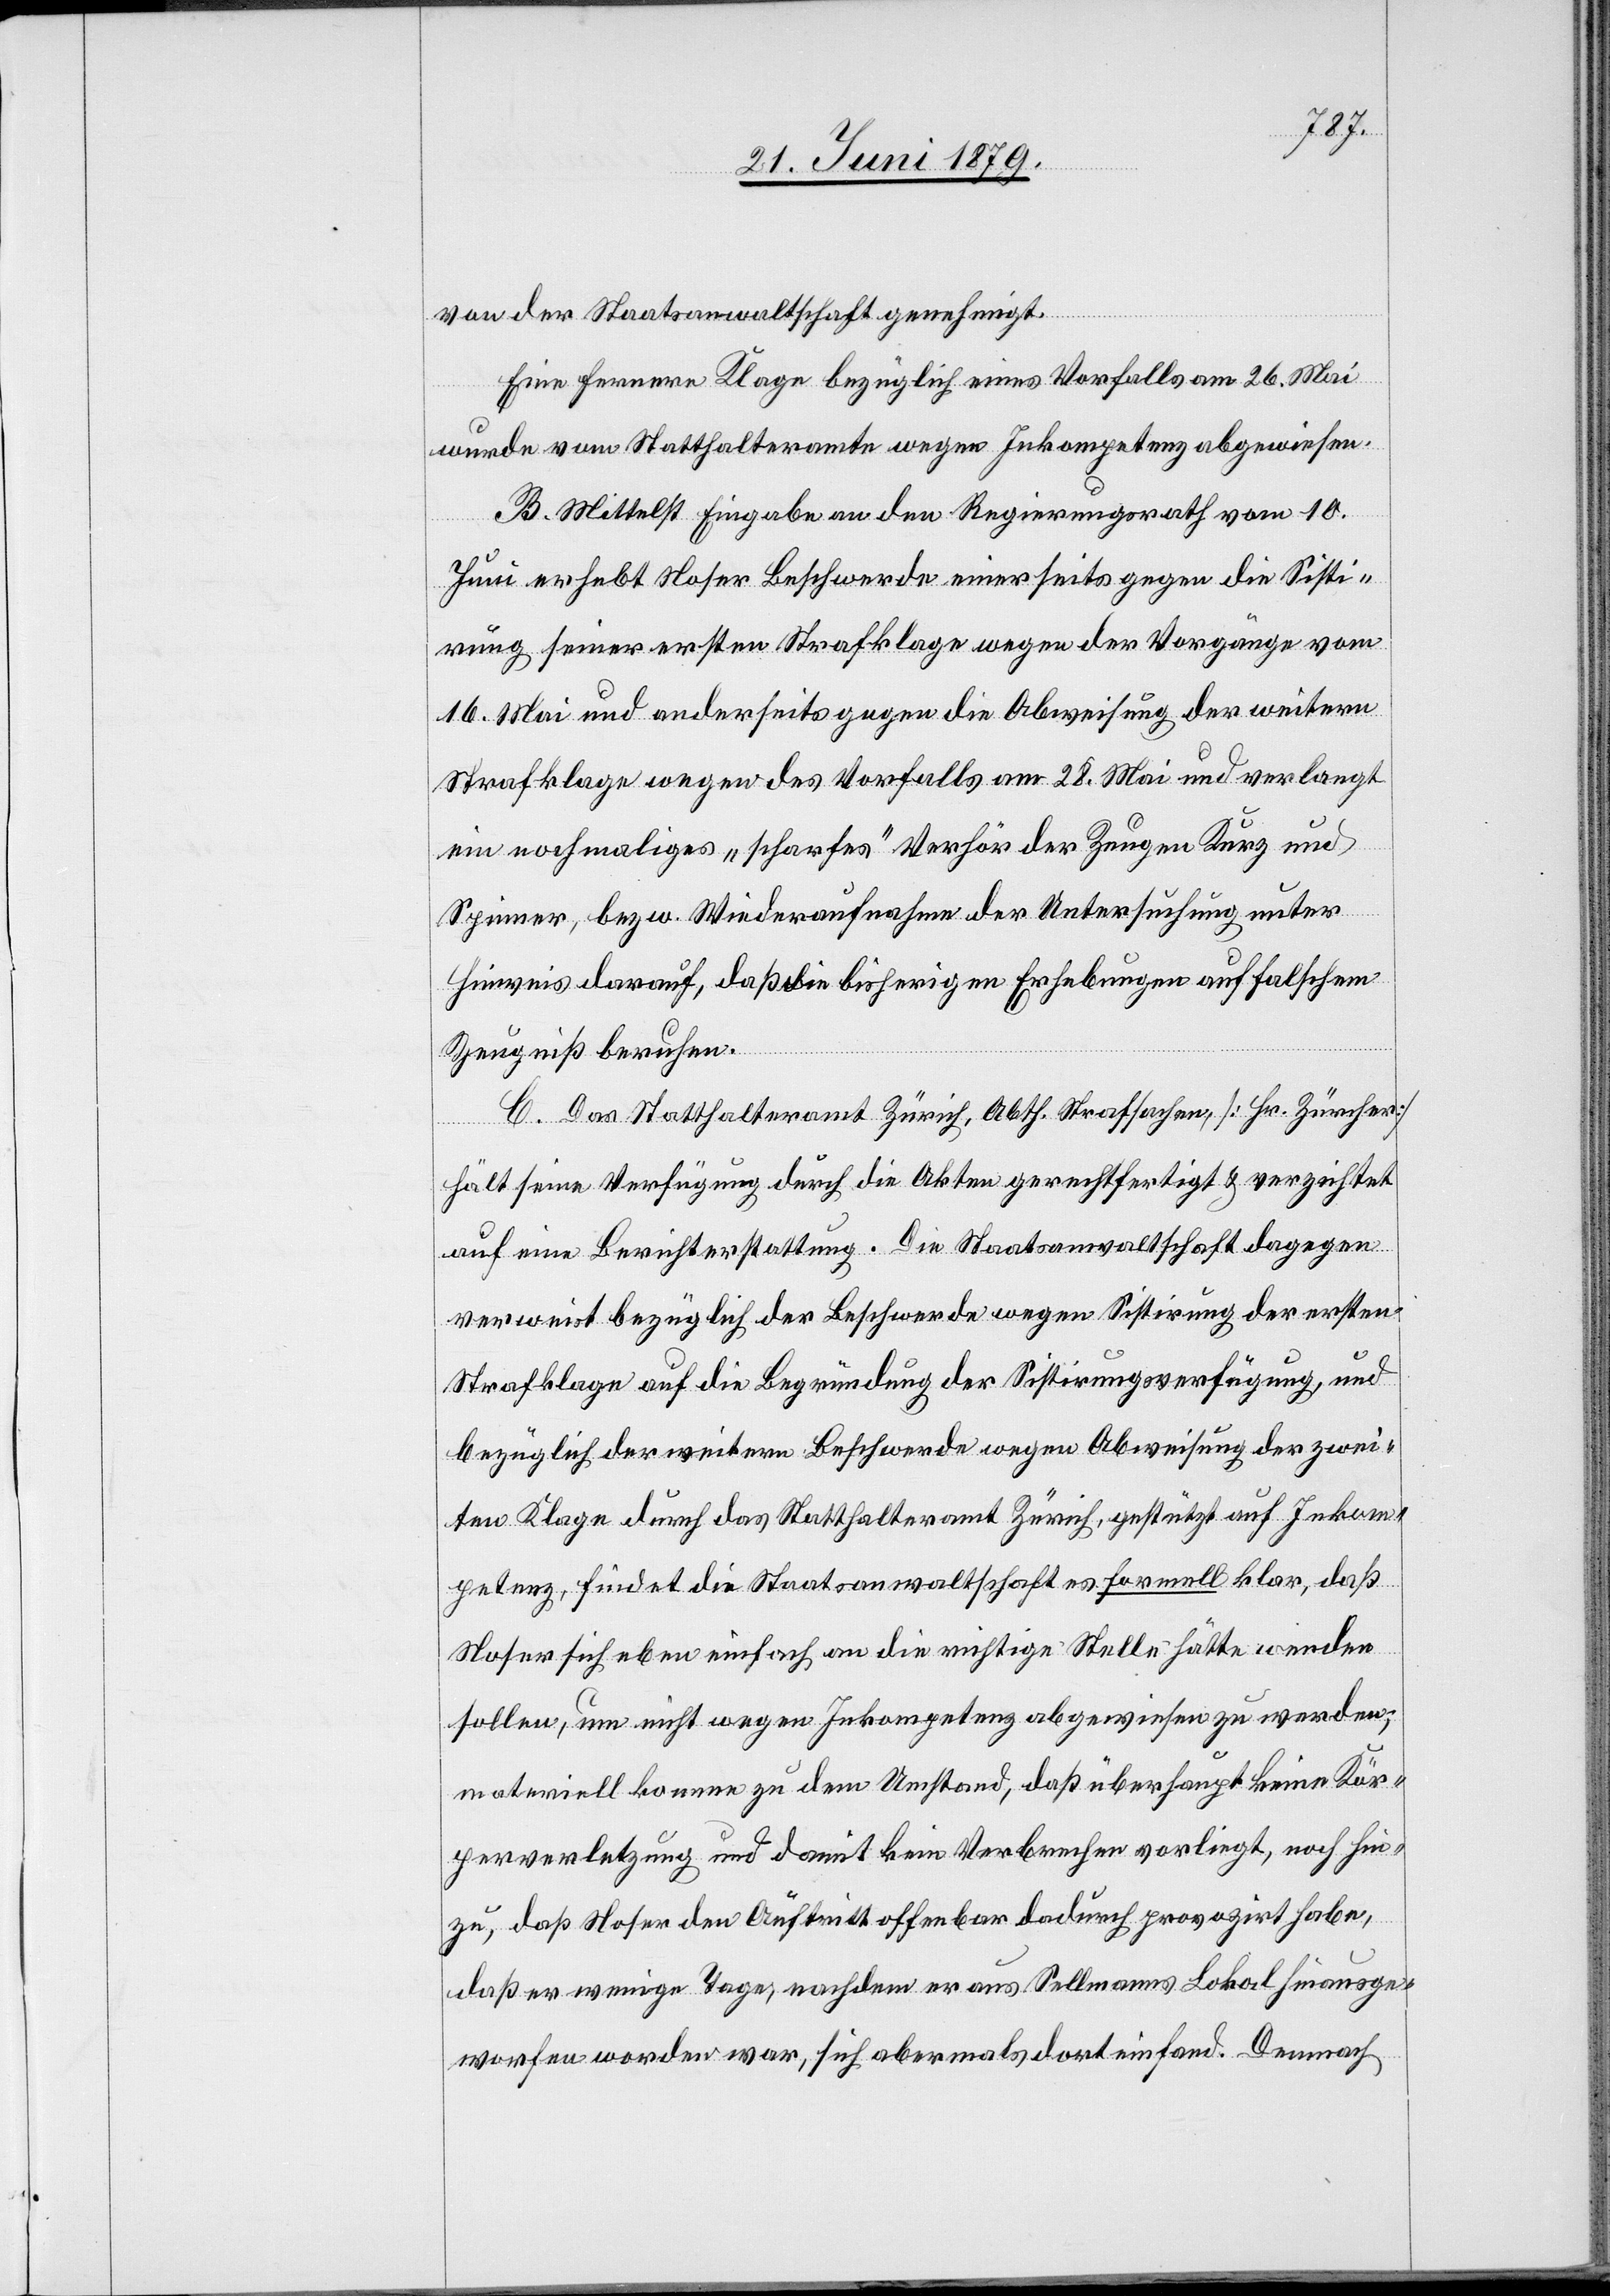
der
Eine fernere Klage bezüglich eines Vorfalls am 26. Mai
wurde vom Statthalteramte wegen Inkompetenz abgewiesen.
B. Mittelst Eingabe an den Regierungsrath vom 10.
geneh¬
Juni erhebt Noser Beschwerde einerseits gegen die Sisti¬
rung seiner ersten Strafklage wegen der Vorgänge vom
16. Mai und anderseits gegen die Abweisung der weitern
Strafklage wegen des Vorfalls am 28. Mai und verlangt
ein nochmaliges „scharfes“ Verhör der Zeugen Kurz und
Spinner, bezw. Wiederaufnahme der Untersuchung unter
Hinweis darauf, daß die bisherigen Erhebungen auf falschem
Zeugniß beruhen.
C. Das Statthalteramt Zürich, Abth. Strafsachen, [Hr. Zürcher]
migt.
hält seine Verfügung durch die Akten gerechtfertigt & verzichtet
auf eine Berichterstattung. Die Staatsanwaltschaft dagegen
verweist bezüglich der Beschwerde wegen Sistirung der ersten
Strafklage auf die Begründung der Sistirungsverfügung, und
bezüglich der weitern Beschwerde wegen Abweisung der zwei¬
ten Klage durch das Statthalteramt Zürich, gestützt auf Inkom¬
petenz, findet die Staatsanwaltschaft es formell klar, daß
Noser sich eben einfach an die richtige Stelle hätte wenden
sollen, um nicht wegen Inkompetenz abgewiesen zu werden,
materiell komme zu dem Umstand, daß überhaupt keine Kör¬
perverletzung und damit kein Verbrechen vorliegt, noch hin¬
zu, daß Noser den Auftritt offenbar dadurch provozirt habe,
daß er wenige Tage, nachdem er aus Sellmanns Lokal hinausge¬
worfen worden war, sich abermals dort einfand. Demnach